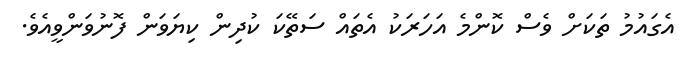
އެގައުމު ތަކަށް ވެސް ކޮންމެ އަހަަރަކު އެތައް ސަތޭކަ ކުދިން ކިޔަވަން ފޮނުވަންވީއެވެ.